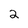
Character: 2